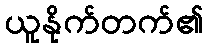
ယူနိုက်တက်၏